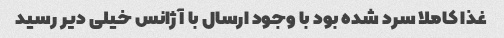
غذا کاملا سرد شده بود با وجود ارسال با آژانس خیلی دیر رسید